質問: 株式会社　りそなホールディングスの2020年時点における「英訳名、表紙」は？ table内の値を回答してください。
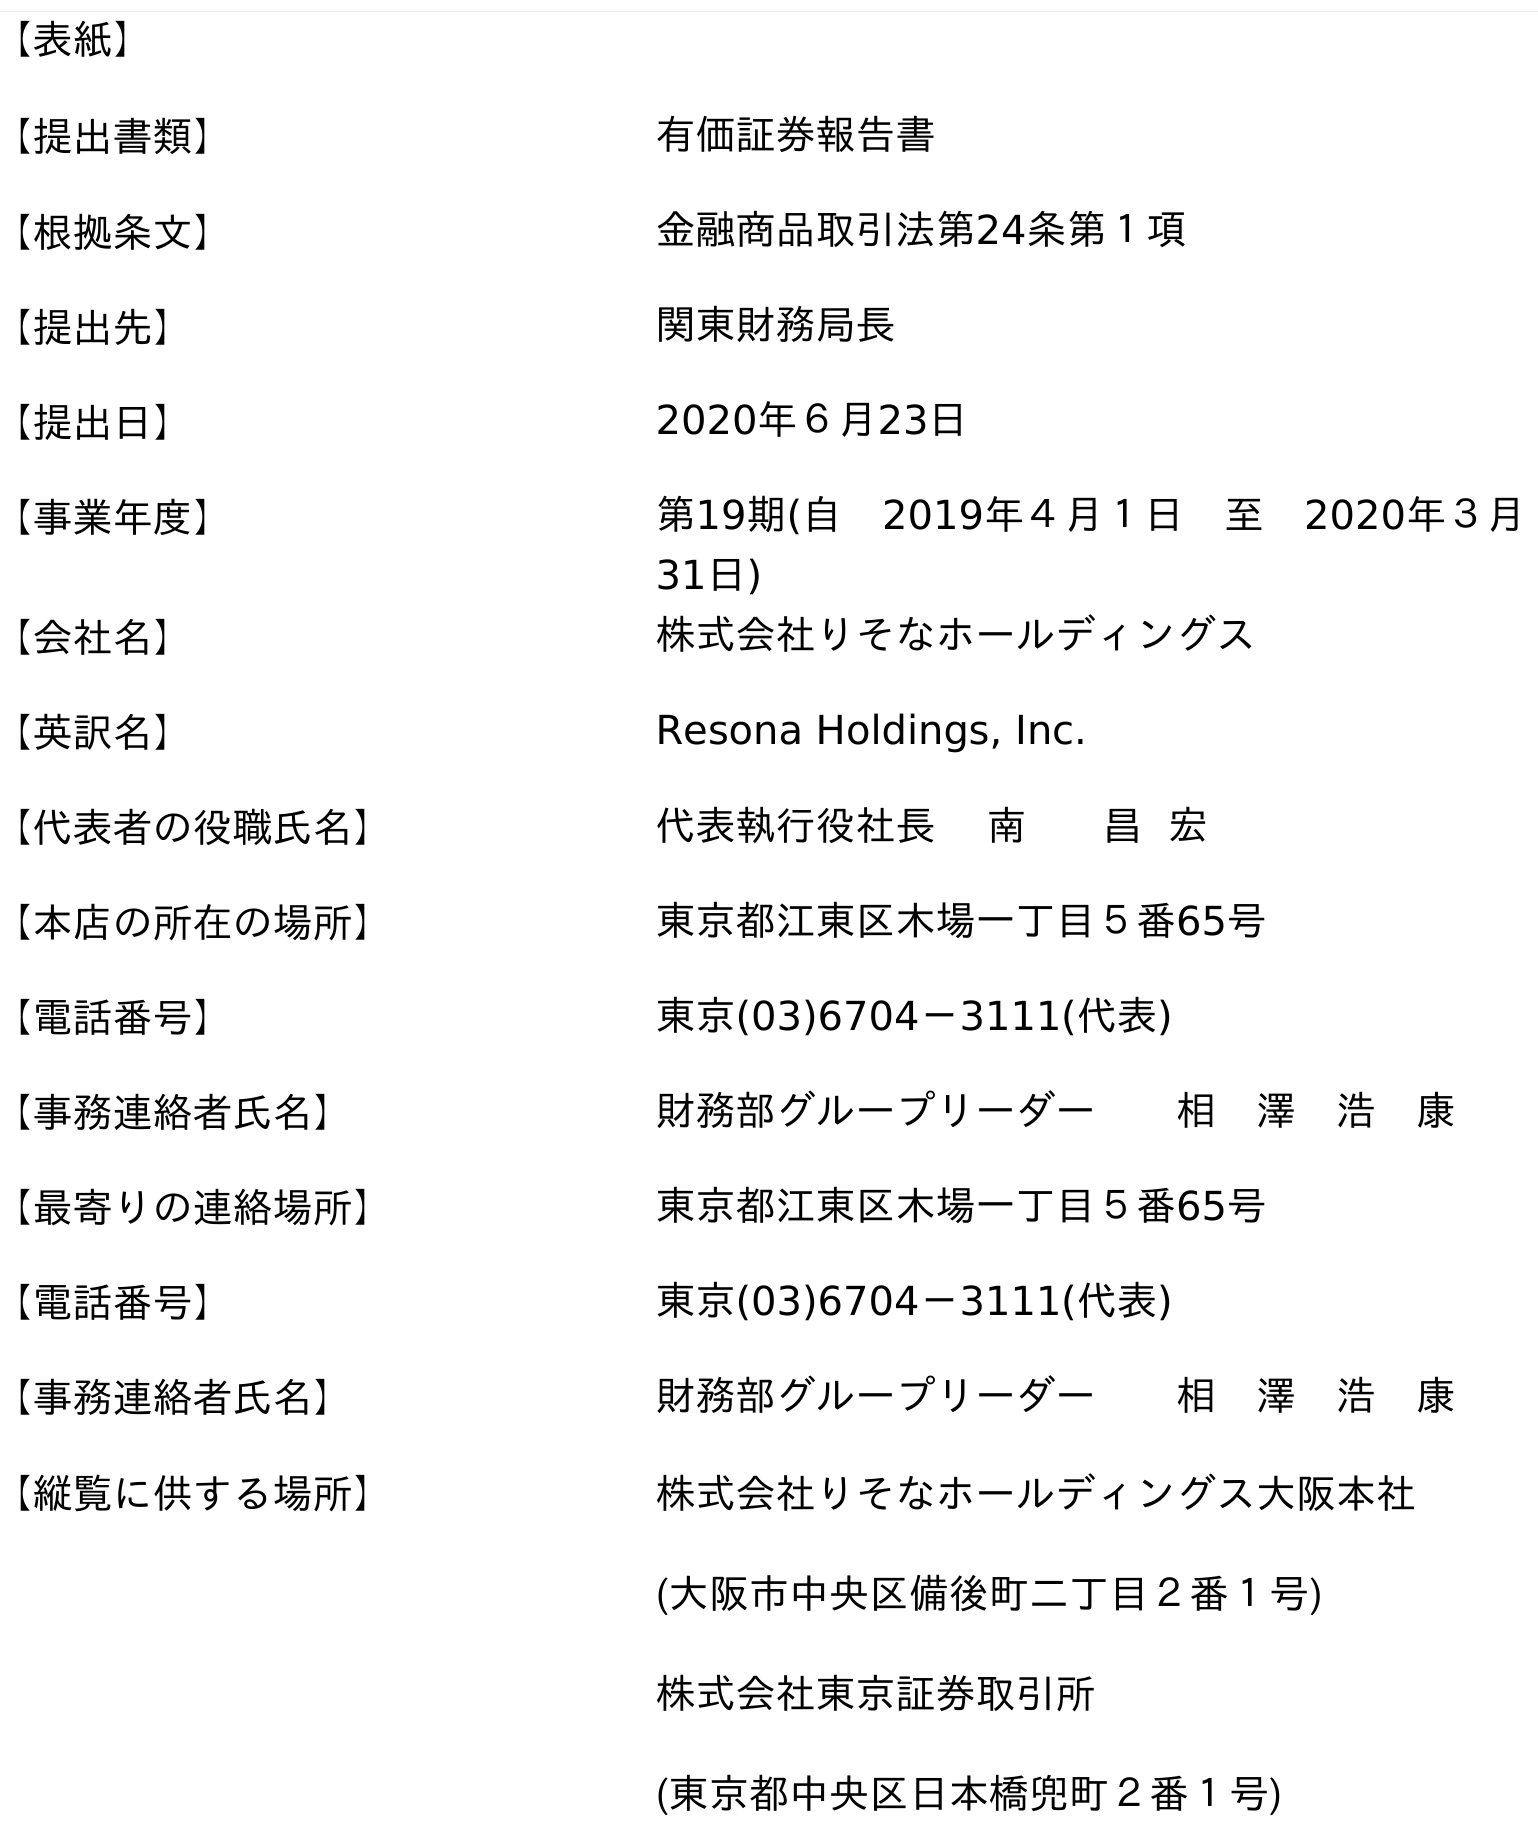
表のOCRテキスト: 【表紙】 【提出書類】 有価証券報告書 【根拠条文】 金融商品取引法第24条第１項 【提出先】 関東財務局長 【提出日】 2020年６月23日 【事業年度】 第19期(自 2019年４月１日 至 2020年３月 31日) 【会社名】 株式会社りそなホールディングス 【英訳名】 Resona Holdings, Inc. 【代表者の役職氏名】 代表執行役社長 南 昌 宏 【本店の所在の場所】 東京都江東区木場一丁目５番65号 【電話番号】 東京(03)6704－3111(代表) 【事務連絡者氏名】 財務部グループリーダー  相 澤 浩 康 【最寄りの連絡場所】 東京都江東区木場一丁目５番65号 【電話番号】 東京(03)6704－3111(代表) 【事務連絡者氏名】 財務部グループリーダー  相 澤 浩 康 【縦覧に供する場所】 株式会社りそなホールディングス大阪本社 (大阪市中央区備後町二丁目２番１号) 株式会社東京証券取引所 (東京都中央区日本橋兜町２番１号)
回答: Resona Holdings, Inc.